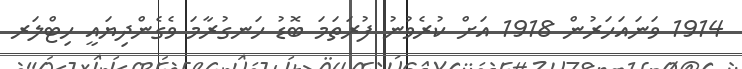
1914 ވަނައަހަރުން 1918 އަށް ކުރެވުނު ފުރަތަމަ ބޮޑު ހަނގުރާމަ ވެގެންދިޔައީ ހިޓްލަރ